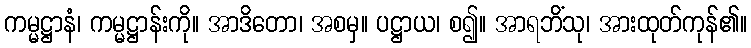
ကမ္မဋ္ဌာနံ၊ ကမ္မဋ္ဌာန်းကို။ အာဒိတော၊ အစမှ။ ပဋ္ဌာယ၊ စ၍။ အာရဘိံသု၊ အားထုတ်ကုန်၏။